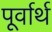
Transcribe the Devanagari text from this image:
पूर्वार्थ